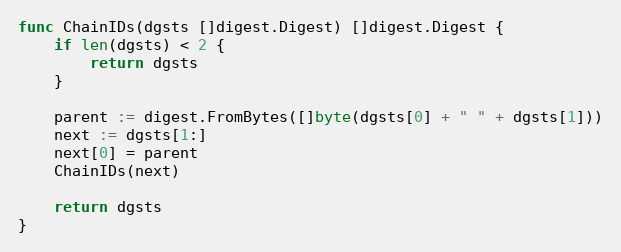
Language: Go
func ChainIDs(dgsts []digest.Digest) []digest.Digest {
	if len(dgsts) < 2 {
		return dgsts
	}

	parent := digest.FromBytes([]byte(dgsts[0] + " " + dgsts[1]))
	next := dgsts[1:]
	next[0] = parent
	ChainIDs(next)

	return dgsts
}